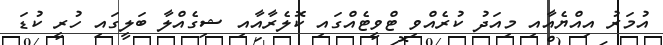
އުމަރު އިއްޔެއާއި މިއަދު ކުރެއްވި ޓްވީޓެއްގައި ކޮލެރާއާއި ޝިގެއްލާ ބަލީގައި ހުރީ ކުޑަ